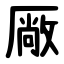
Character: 厰